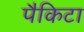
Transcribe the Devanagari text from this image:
पैकिटा